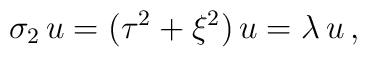
\sigma_2 \,u=(\tau^2+\xi^2)\,u=\lambda\,u \,,